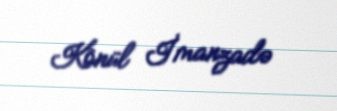
Könül İmanzadə